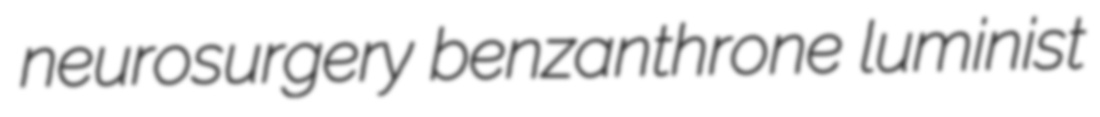
neurosurgery benzanthrone luminist